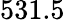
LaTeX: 531.5